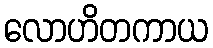
လောဟိတကာယ